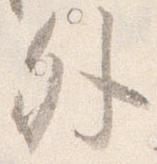
外